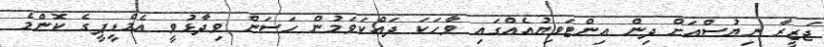
ޖަޒީރާ ނިޔުސްއަށް ދިން އިންޓަވިޔުއެއްގައި ވާހަކަ ދައްކަވަމުން ހަސަން ވިދާޅުވީ އެމްޑީޕީގެ ކޮންމެ